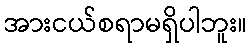
အားငယ်စရာမရှိပါဘူး။